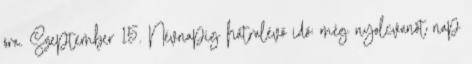
óra. Szeptember 15. Névnapig hátralévő idő: még nyolcvanöt nap